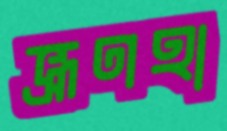
ভ্রূণহা